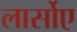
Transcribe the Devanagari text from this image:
लार्सोए